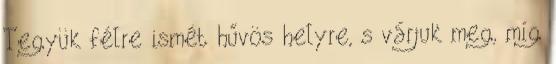
Tegyük félre ismét hűvös helyre, s várjuk meg, míg